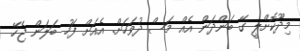
މިދޫކޮށްލީ ގޭ ބަންދަން އެއް މަސް ދުވަހަށް. އެއަށް ފަހު ބަލަން ޖެހޭ